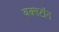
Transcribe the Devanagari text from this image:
बक्सटॉन